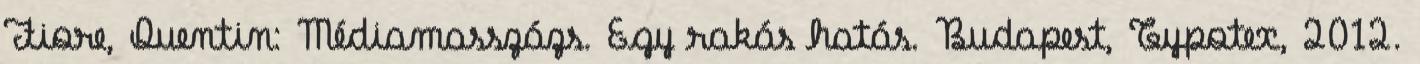
Fiore, Quentin: Médiamasszázs. Egy rakás hatás. Budapest, Typotex, 2012.